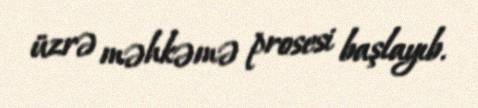
üzrə məhkəmə prosesi başlayıb.